Statistical return of the lunatic asylum in Assam - 1912-1932
Year: 1912
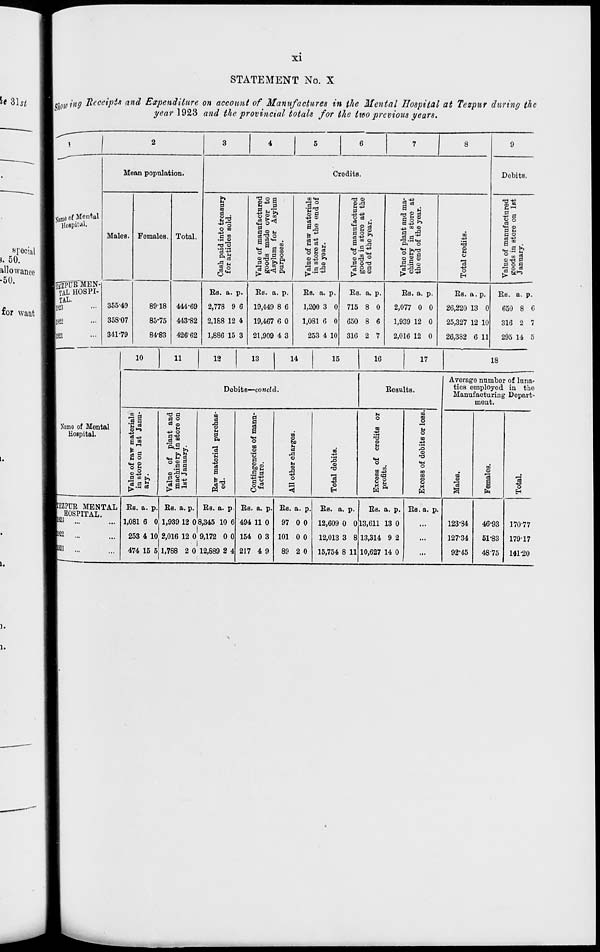
XI
STATEMENT No. X
sigyinff Receipts and Expenditure on account of Manufactures in the Mental Hospital at Tezpur during the
year 1923 and the provincial totals for the two previous years.
^
\
3
4
5
6
7
8
9
Mean population.
Credits.
Debits.
h
■ 1 S^
o 9 co
CM O ^
0
to t-t
na ©
i "P
T3 "B
Kline of Montal
' Hospital.
H
(3
to
a
o <n
i °
o a
<J 0)
c«
IS
©J3
o o3 .
*a ® S
fl n §
2 c3
^a CO CD
-*3 0
i°
0 M
Males. Females. Total.
•+3
0 ID
•g'-p
0 <0 M
OS'S o
B a ■
•gas 2 CO 0 O
It
©£ t>»
9 -«
03 0
ft
O
o b^
° B d
S 2 S
CO
S
u
§2
a 10 .
z a h
a) 2
CUT) ^
A u
pioj?"
0 OT)
*3
do d
0PUR~MEN-
3«S
""3 o5 a
3 «5
1* boo
o
H
73 O 03
TAL HOSPI-
TAL.
1923
Bs. a. p.
Bs. a. p.
Bs. a. p.
Bs. a. p.
Bs. a. p.
Bs. a. p.
Es. a. p.
355-49
89-18 444-69 2,778 9 6 19,449 8 6
1,200 3 0 715 8 0
2,077 0 0
26,220 13 0
650 8 C
1922
358-07
85-75 443-82 2,188 12 4 19,467 6 0
1,081 6 0 650 8 6
1,939 12 0
25,327 12 10
316 2 7
1921
341-79
84-83 42662 1,886 15 3 21,909 4 3
253 4 10 316 2 7
2,016 12 0
26,382 6 11
295 14 5
10
11
12
13
!
1 4
15
16
17
18
Average number of luna-
Debits—concld.
Besults.
tics employed in the
Manufacturing Depart-
Name of Mental
Hospital.
ment.
ra 0
Is
0)1-9
■♦a
fd a
| o
u
o is
m
a)
.a 9
0
"3
h o
I
<M
i a
u o
ID
^3
CD
to
O
H
O
CO
p m
t£ _
c3 ■
5
m 5
i
■
10
-
3
n
a C
o
-*3
°s
° 2 3.
s 0
3 «
C
48
03
a
8°
6
a
8.2
Is
<
i
i
J
<
<
4
3
-i
D
]
3
-*>
<B
3 o
O
in
Ri
T3
IM
o
co
CO
a
S
o
9
1
m
CD
"3
a
6
"3 43
O
ITEZPUR MENTAL Es. a. p. Ks. a. p. Bs. a. p. Bs. a. p. Bs. a. p. Bs. a. p.
Es. a. p. Es. a. p.
1 HOSPITAL.
■923 ...
1,081 6 0 1,939 12 0 f
|
3,345 10 6 494 11 0
97 0 0 12,609 0 0 13,611 13 0
...
123-34
46-93 170-77
B22
253 4 10, 2,016 12 0
' 1
9,172 0 0 154 0 3 101 0 0 12,013 3 8 13,314 9 2
...
12734
51-83 179-17
1921 ...
474 15 5 1,788 2 0 12,889 2 4 217 4 9
89 2 0 15,754 8 11 10,627 14 0
...
92*45
48-75 141-20